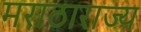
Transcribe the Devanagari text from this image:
मराठाराज्य